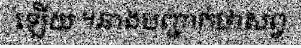
ឡើយ ។នាងបញ្ជាក់ថាសព្វ